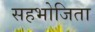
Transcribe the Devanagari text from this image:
सहभोजिता